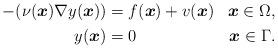
LaTeX: \begin{align*}\begin{aligned} - (\nu(\boldsymbol{x}) \nabla y(\boldsymbol{x})) &= f(\boldsymbol{x}) + v(\boldsymbol{x}) &\boldsymbol{x} \in \Omega, \\ y(\boldsymbol{x}) &= 0 &\boldsymbol{x} \in \Gamma. \end{aligned}\end{align*}